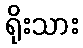
ရိုးသား